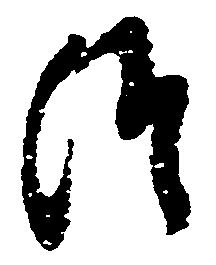
つ